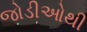
જોડીઓથી